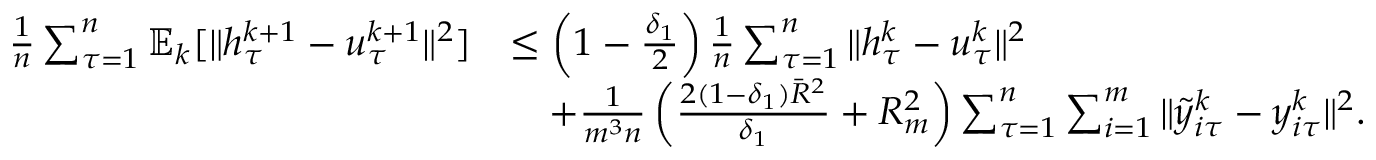
\begin{array} { r l } { \frac { 1 } { n } \sum _ { \tau = 1 } ^ { n } \mathbb { E } _ { k } [ \| h _ { \tau } ^ { k + 1 } - u _ { \tau } ^ { k + 1 } \| ^ { 2 } ] } & { \leq \left( 1 - \frac { \delta _ { 1 } } { 2 } \right) \frac { 1 } { n } \sum _ { \tau = 1 } ^ { n } \| h _ { \tau } ^ { k } - u _ { \tau } ^ { k } \| ^ { 2 } } \\ & { \quad + \frac { 1 } { m ^ { 3 } n } \left( \frac { 2 ( 1 - \delta _ { 1 } ) { \bar { R } } ^ { 2 } } { \delta _ { 1 } } + R _ { m } ^ { 2 } \right) \sum _ { \tau = 1 } ^ { n } \sum _ { i = 1 } ^ { m } \| { \tilde { y } } _ { i \tau } ^ { k } - y _ { i \tau } ^ { k } \| ^ { 2 } . } \end{array}